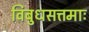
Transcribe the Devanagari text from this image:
विबुधसत्तमाः